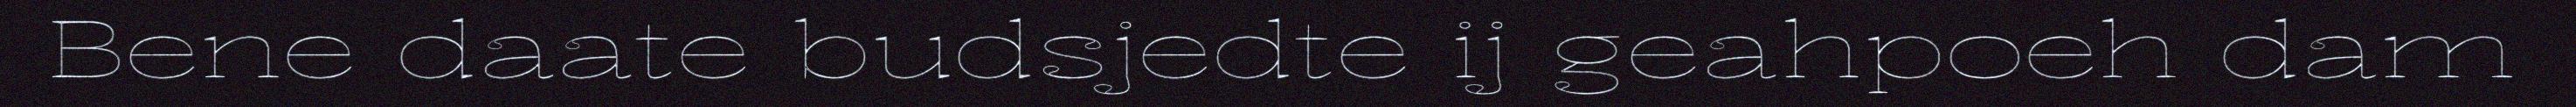
Bene daate budsjedte ij geahpoeh dam